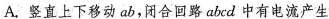
A.竖直上下移动ab，闭合回路abcd中有电流产生